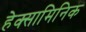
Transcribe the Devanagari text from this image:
हेक्सामिनिक